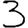
Digit: 3